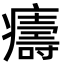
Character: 㿒